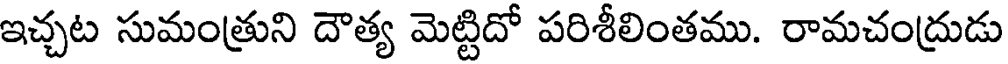
ఇచ్చట సుమంత్రుని దౌత్య మెట్టిదో పరిశీలింతము. రామచంద్రుడు